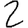
Digit: 2